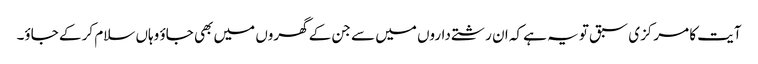
آیت کا مرکزی سبق تو یہ ہے کہ ان رشتے داروں میں سے جن کے گھروں میں بھی جاؤ وہاں سلام کر کے جاؤ۔